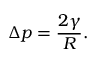
\Delta p = { \frac { 2 \gamma } { R } } .